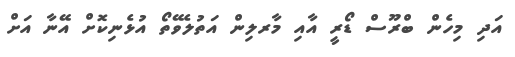
އަދި މިހެން ބްރޫސް ޑޯރީ އާއި މާރލިން އަތުލެވޭތޯ އުޅެނިކޮށް އޭނާ އަށް